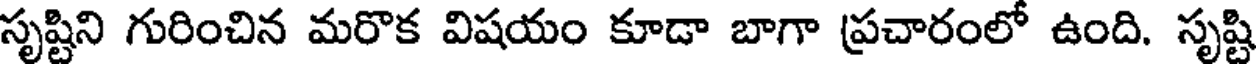
సృష్టిని గురించిన మరొక విషయం కూడా బాగా ప్రచారంలో ఉంది. సృష్టి